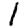
Digit: 1